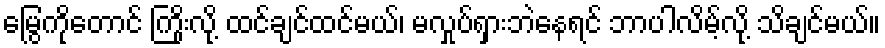
မြွေကိုတောင် ကြိုးလို့ ထင်ချင်ထင်မယ်၊ မလှုပ်ရှားဘဲနေရင် ဘာပါလိမ့်လို့ သိချင်မယ်။